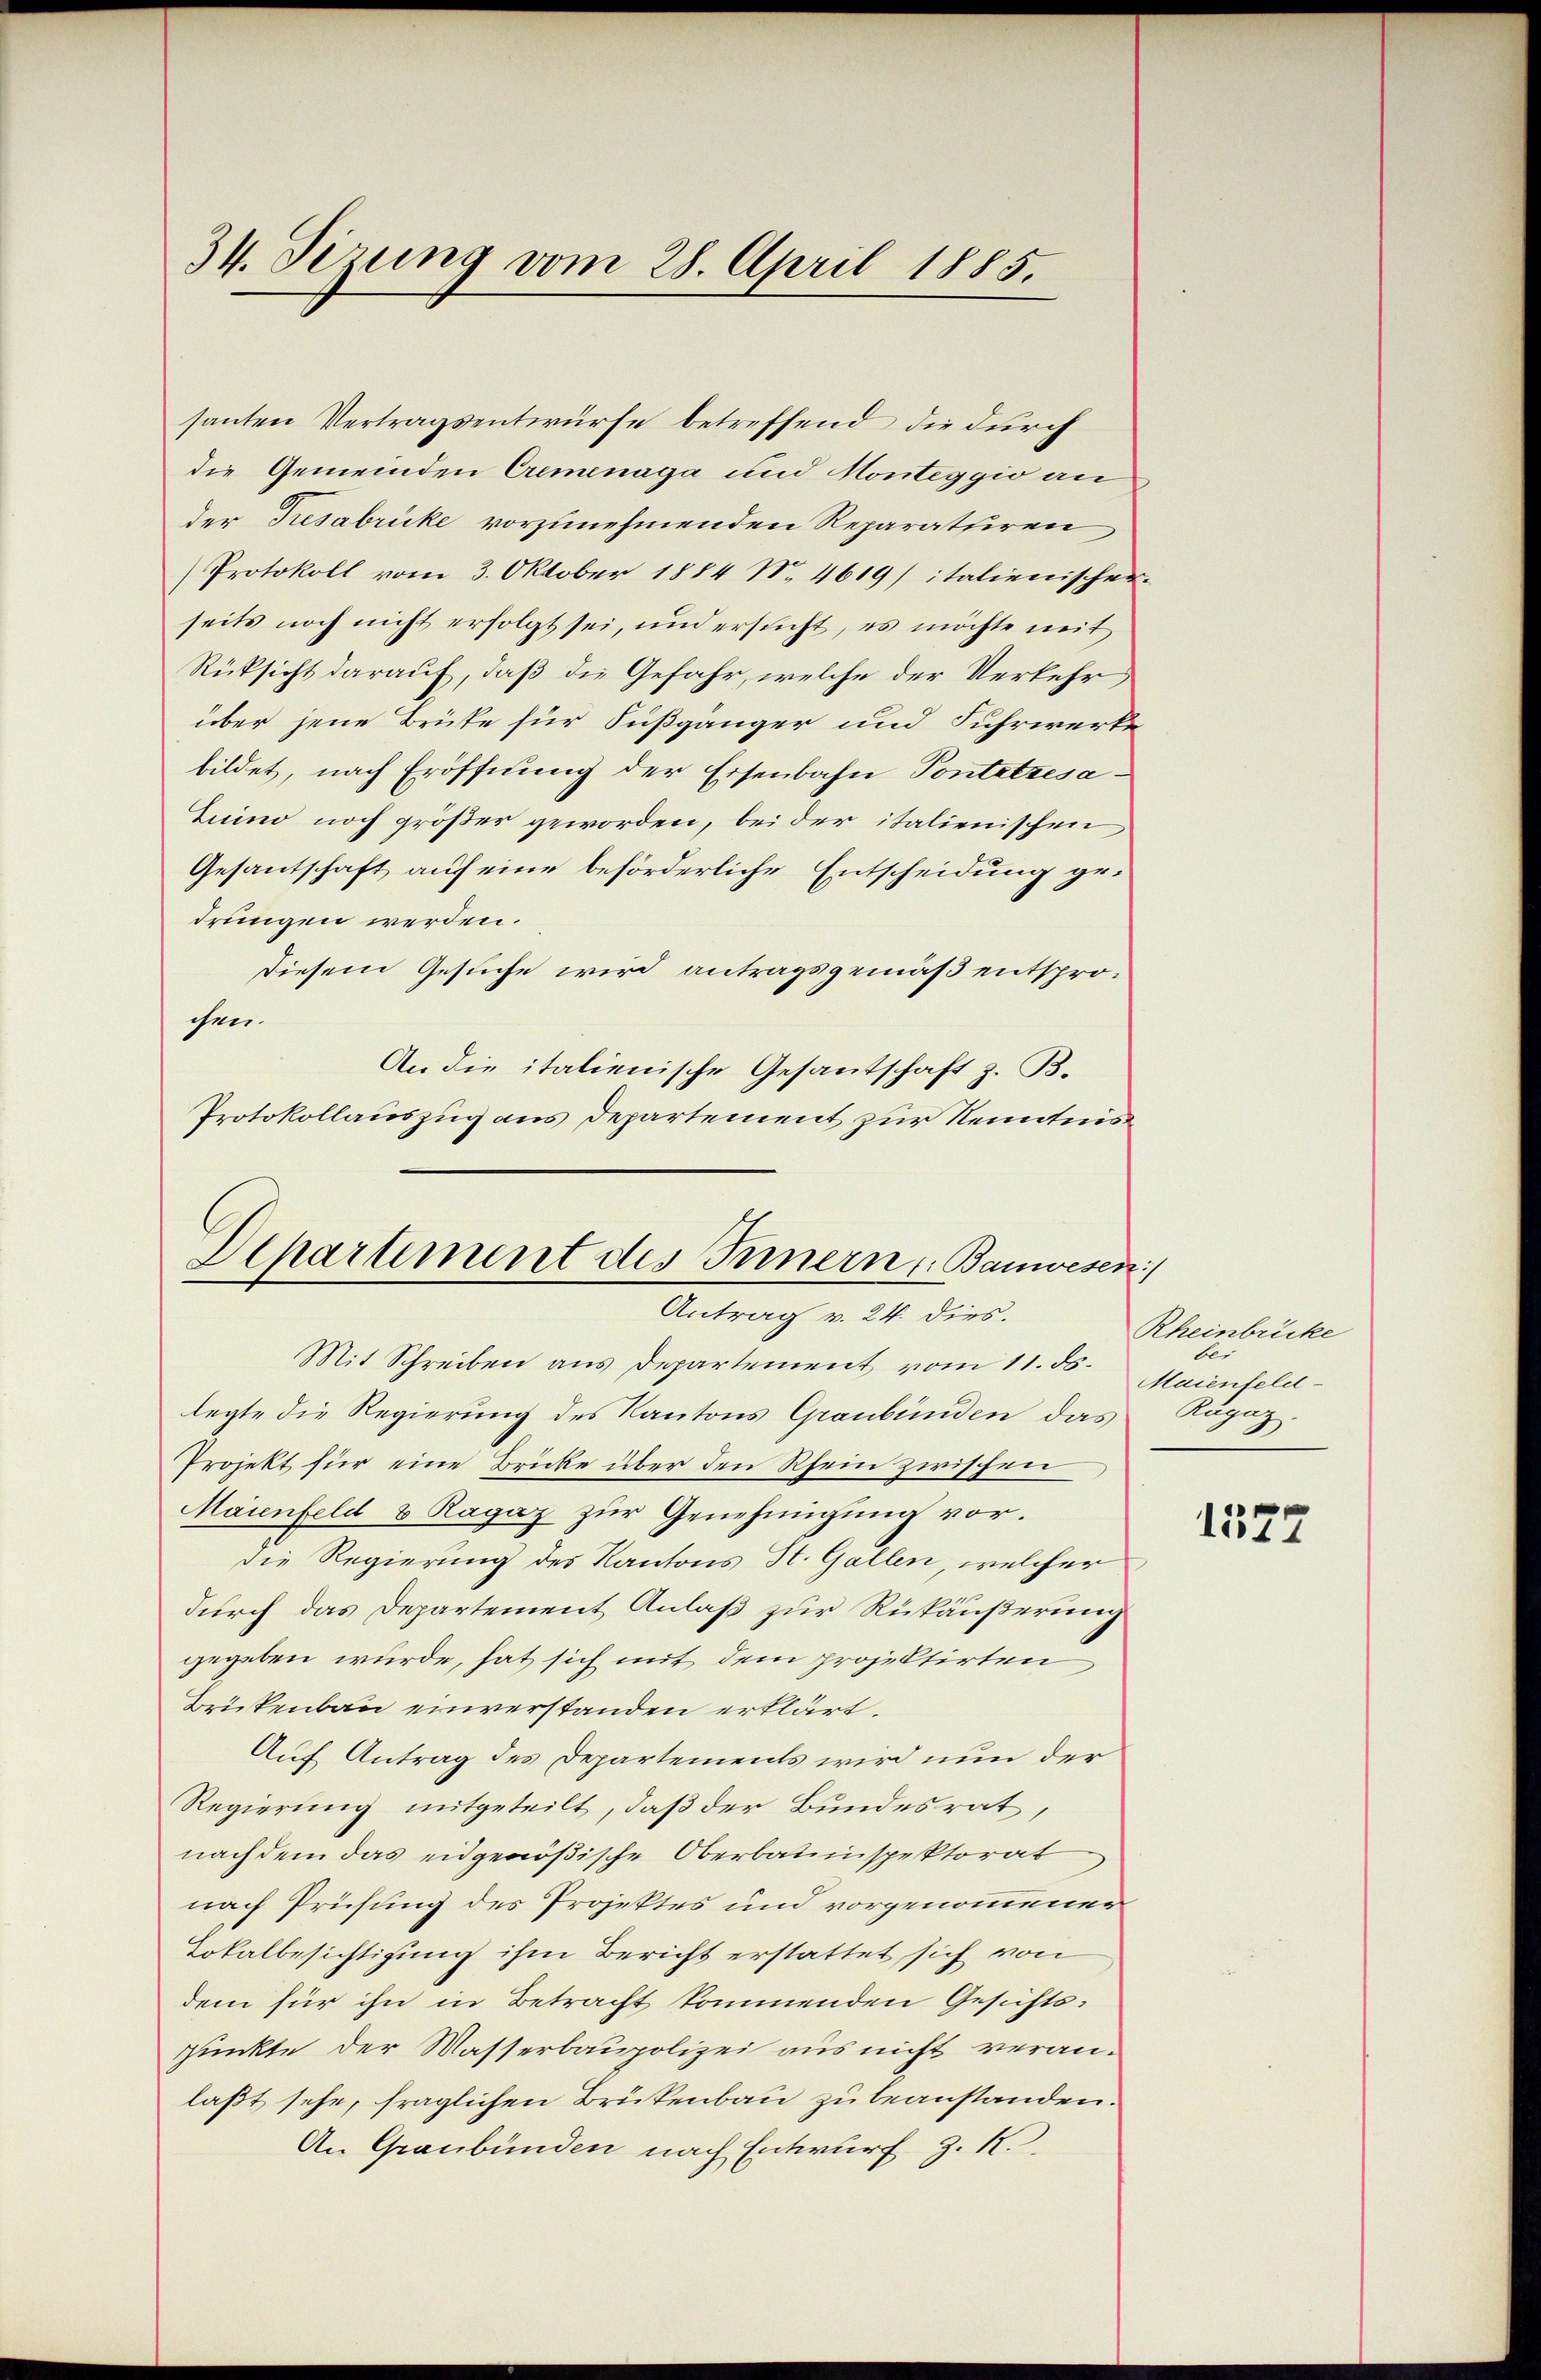
34. Dezung vom 28. April 1885.

santen Vertragsentwürfe betreffend die durch
die Gemeinden Cremenaga und Monteggio an
der Tresabricke vorzunehmenden Reparatuiren,
Protokoll vom 3. Oktober 1884 No. 4619) italienischer
seits noch nicht erfolgt sei, und ersucht, es möchte mit
Rücksicht darauf, daß die Gefahr, welche der Verkehr
über jene Brüte für Fußgänger und Fuhrwerke
bildet, nach Eröffnung der Eisenbahn Pontetzesa¬
Luino noch größer geworden, bei der italienischen,
Gesantschaft auf eine beförderliche Entscheidung gedrungen werden.
diesem Gesuche wird antragsgemäß entsprochen.
An die italienische Gesantschaft z. B.
Protokollauszug aus Departement zur Kenntnis
Mit Schreiben aus Departement vom 11. ds.
legte die Regierung des Kantons Graubünden das Räpoz.
Projekt für eine Brücke über den Rhein zwischen
Maienfeld 8 Ragaz zur Genehmigung vor.
die Regierung des Kantons St. Gallen, welcher
durch das Departement Anlaß zur Rükäußerung
gegeben wurde, hat sich mit dem projektirten
Brükenbau einverstanden erklärt.
Auf Antrag des Departements wird nun der
Regierung mitgeteilt, daß der Bundesrat,
nach dem das eidgenößische Oberbauinspektorat
nach Prüfung des Projektes und vorgenommener
Lokalbesichtigung ihm Bericht erstattet sich von
dem für ihn in Betracht kommenden Gesichts-
punkte der Wasserbaupolizei aus nicht veranlaßt sehe, fraglichen Brükenbau zu beanstanden.
An Graubünden nach Entwurf z. K.

Departement des Innern, Bauwesen)
Antrag v. 24. dies.

Rheinbrücke
ber
Maienfeld-

1577